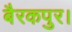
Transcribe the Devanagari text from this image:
बैरकपुर।